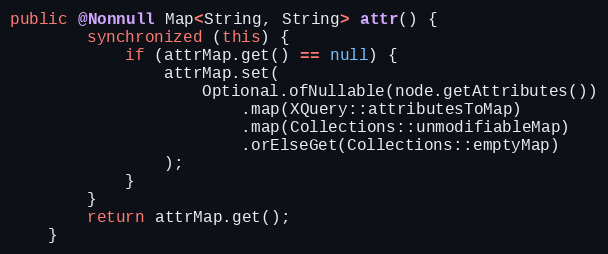
Language: Java
public @Nonnull Map<String, String> attr() {
        synchronized (this) {
            if (attrMap.get() == null) {
                attrMap.set(
                    Optional.ofNullable(node.getAttributes())
                        .map(XQuery::attributesToMap)
                        .map(Collections::unmodifiableMap)
                        .orElseGet(Collections::emptyMap)
                );
            }
        }
        return attrMap.get();
    }